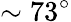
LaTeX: \sim 73^{\circ}